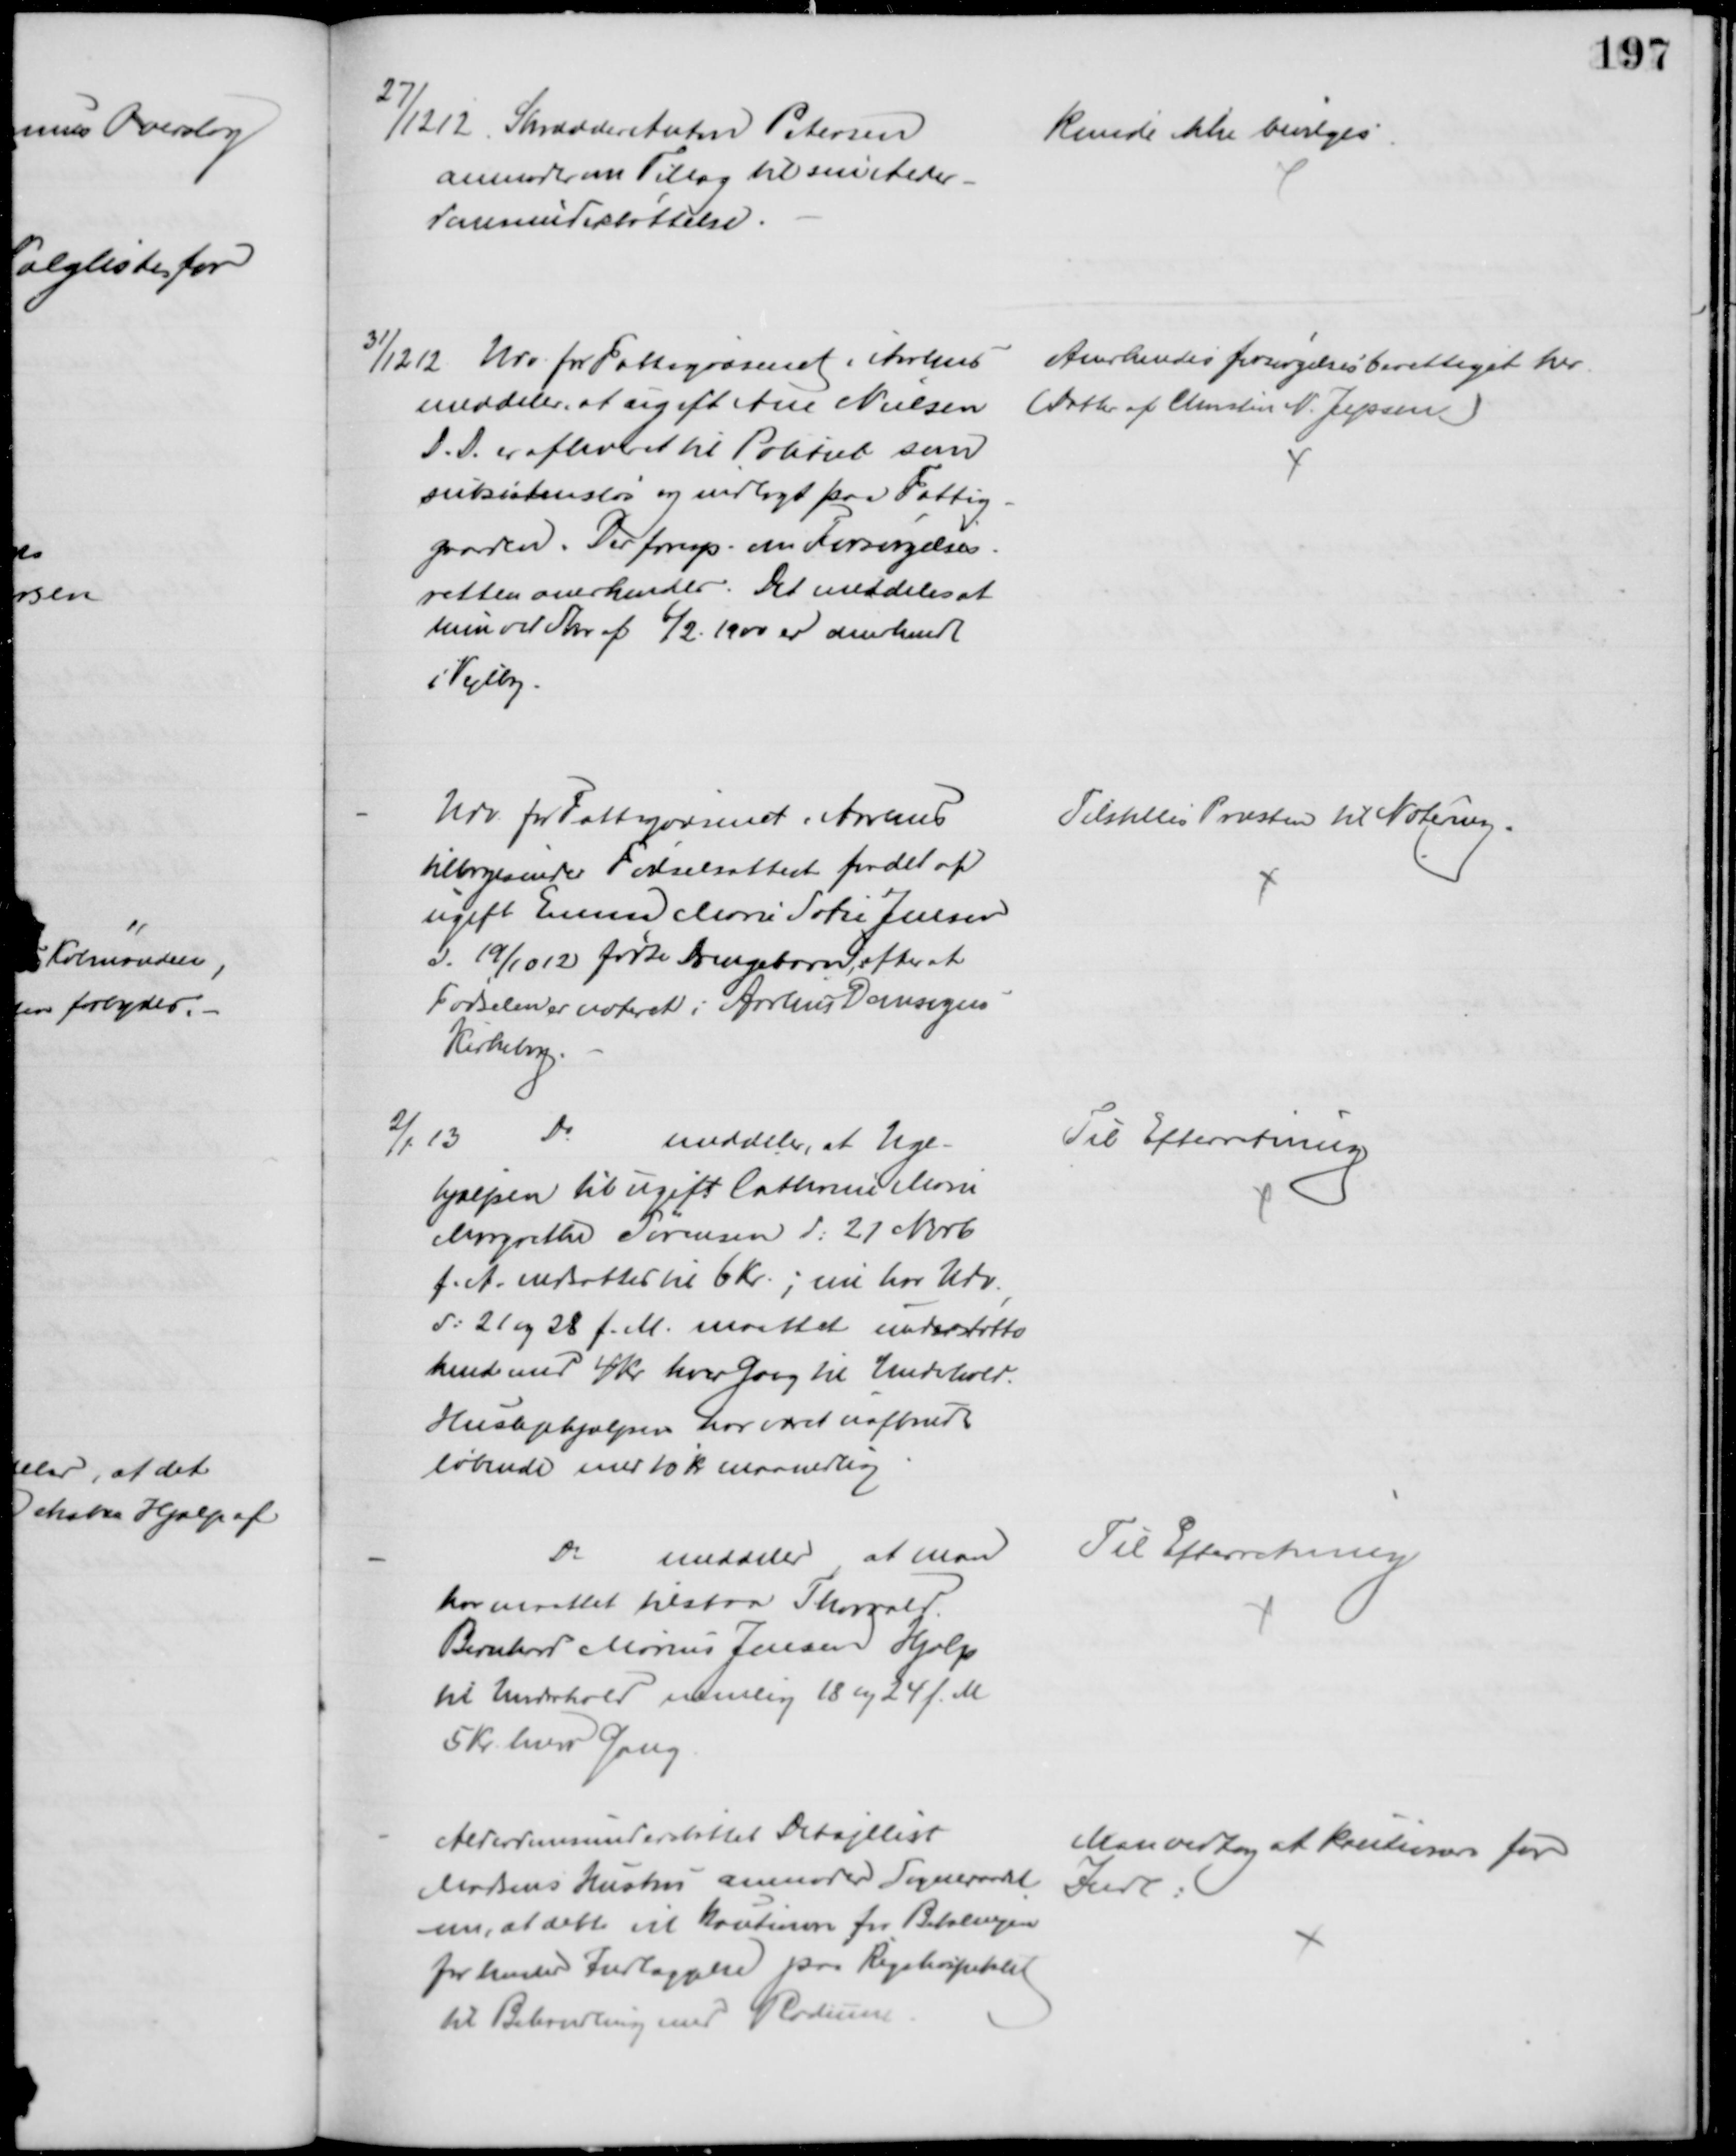
Transskription:
27/12 12 Skrædder Anton Petersen
anmoder om Tillæg til sin Alder-.
domsunderstøttelse.
kunde ikke bevilges.
31/12 12
Udv. for Fattigvæsenet i Aarhus
meddeler at ugift Ane Nielsen
D.D. er afleveret til Politiet som
subsistensløs og indlagt paa Fattig-
gaarden. Der foresp. om Forsørgelses-
retten anerkendes. Det meddeles at 
hun ved Skr. af 6/2 1900 er anerkendt
i Vejlby.
Anerkendes forsørgelsesberettiget her 
(Datter af Christen N. Jepsen)
Udv. for Fattigvæsenet i Aarhus
tilbagesender Fødselsattest for det af
ugift Emma Marie Sofie Jensen
d. 19/10 12 fødte Drengebarn, efter at
Fødselen er noteret i Aarhus Domsogns
Kirkebog.
Tilstilles Præsten til Notering.
2/1 13
Do
meddeler, at Uge-
hjælpen til ugift Cathrine Marie
Margrethe Sørensen d: 21 Novb
f. A. nedsattes til 6 Kr.; nu har Udv.
d: 21 og 28 f. M. maattet understøtte
hende med 4 Kr hver Gang til Underhold.
Huslejehjælpen har været uafbrudt
løbende med 10 Kr maanedlig
Til Efterretning
Do
meddeler, at man
har maattet tilstaa Thorvald.
Bernhard Marius Jensen Hjælp
til Underhold nemlig 18 og 24 f. M
5 Kr. hver Gang
Til Efterretning
Alderdomsunderstøttet Detajllist
Madsens Hustru anmoder Sogneraadet
om, at dette vil kautionere for Betalingen
for hendes Indlæggelse paa Rigshospitalet
til Behandling med Radium
Man vedtog at kautionere for
Indl: